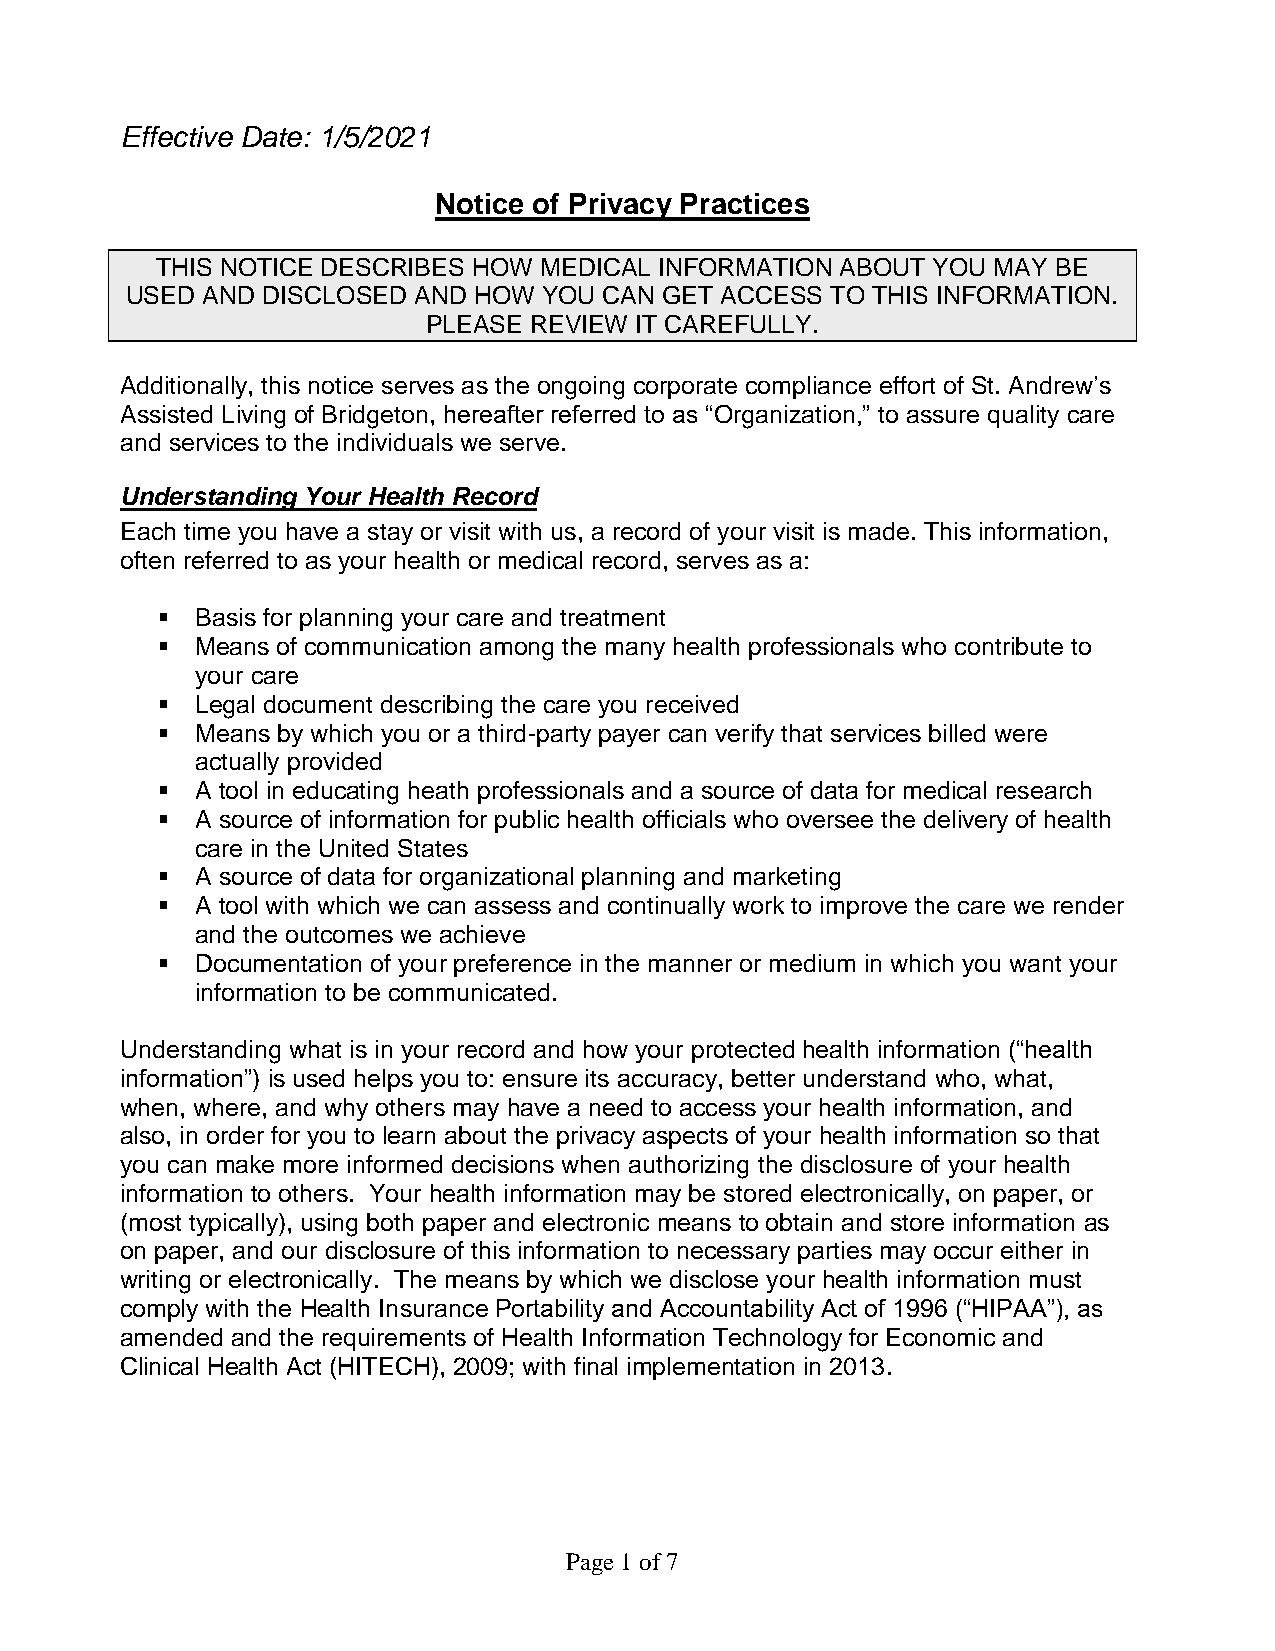
Effective Date: 1/5/2021
 Notice of Privacy Practices
 THIS NOTICE DESCRIBES HOW MEDICAL INFORMATION ABOUT YOU MAY BE
 USED AND DISCLOSED AND HOW  YOU CAN GET ACCESS TO THIS INFORMATION.
 PLEASE REVIEW IT CAREFULLY.
 Additionally, this notice serves as the ongoing corporate compliance effort of St. Andrew’s
 Assisted Living of Bridgeton, hereafter referred to as “Organization,” to assure quality care
 and services to the individuals we serve.
 Understanding Your Health Record
 Each time you have a stay or visit with us, a record of your visit is made. This information,
 often referred to as your health or medical record, serves as a:
   Basis for planning your care and treatment
   Means of communication among the many health professionals who contribute to
 your care
   Legal document describing the care you received
   Means by which you or a third-party payer can verify that services billed were
 actually provided
   A tool in educating heath professionals and a source of data for medical research
   A source of information for public health officials who oversee the delivery of health
 care in the United States
   A source of data for organizational planning and marketing
   A tool with which we can assess and continually work to improve the care we render
 and the outcomes we achieve
   Documentation of your preference in the manner or medium in which you want your
 information to be communicated.
 Understanding what is in your record and how your protected health information (“health
 information”) is used helps you to: ensure its accuracy, better understand who, what,
 when, where, and why others may have a need to access your health information, and
 also, in order for you to learn about the privacy aspects of your health information so that
 you can make more informed decisions when authorizing the disclosure of your health
 information to others. Your health information may be stored electronically, on paper, or
 (most typically), using both paper and electronic means to obtain and store information as
 on paper, and our disclosure of this information to necessary parties may occur either in
 writing or electronically. The means by which we disclose your health information must
 comply with the Health Insurance Portability and Accountability Act of 1996 (“HIPAA”), as
 amended and the requirements of Health Information Technology for Economic and
 Clinical Health Act (HITECH), 2009; with final implementation in 2013.
 Page 1 of 7